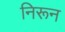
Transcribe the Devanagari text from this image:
निरून